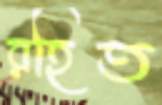
রহিত